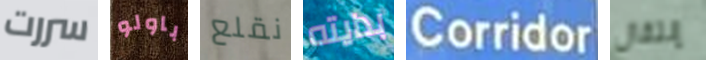
سررت باولو نقلع بدايته Corridor إنتقال